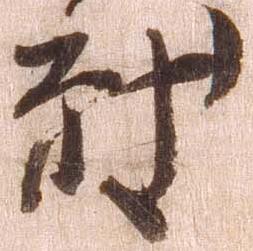
致